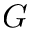
G